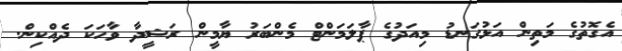
އެގޮތުގެ މަތިން އަޅުގަނޑު މިއަދުގެ ޕާލަމަންޓް މެންބަރު ޔާމީން ރަޝީދާ ވާހަކަ ދެއްކިން.